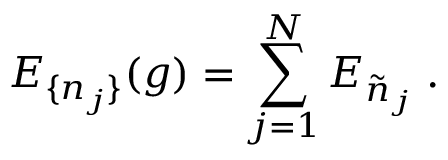
E _ { \{ n _ { j } \} } ( g ) = \sum _ { j = 1 } ^ { N } E _ { \tilde { n } _ { j } } \; .